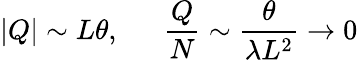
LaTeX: |Q|\sim L\theta,\ \ \ \ \ \ \frac{Q}{N}\sim\frac{\theta}{\lambda L^{2}}\rightarrow 0